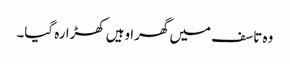
وہ تاسف میں گھرا وہیں کھڑا رہ گیا۔